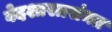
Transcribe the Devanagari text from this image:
वेदशास्त्रसंमत